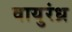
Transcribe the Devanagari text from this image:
वायुरंध्र